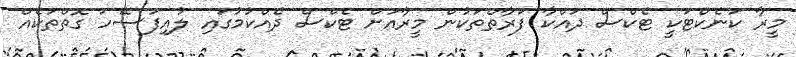
މީރާ ކަނެކްޓަކީ ޓެކްސް ދައްކާ ފަރާތްތަކުން މީރާއަށް ޓެކްސް ދެއްކުމުގައި ލުއިފަސޭހަ ގޮތްތަކެއް